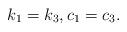
LaTeX: \begin{align*}k_1=k_3, c_1=c_3.\end{align*}